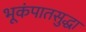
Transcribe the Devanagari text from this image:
भूकंपातसुद्धा